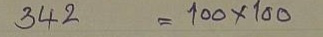
342 = 100 x 100